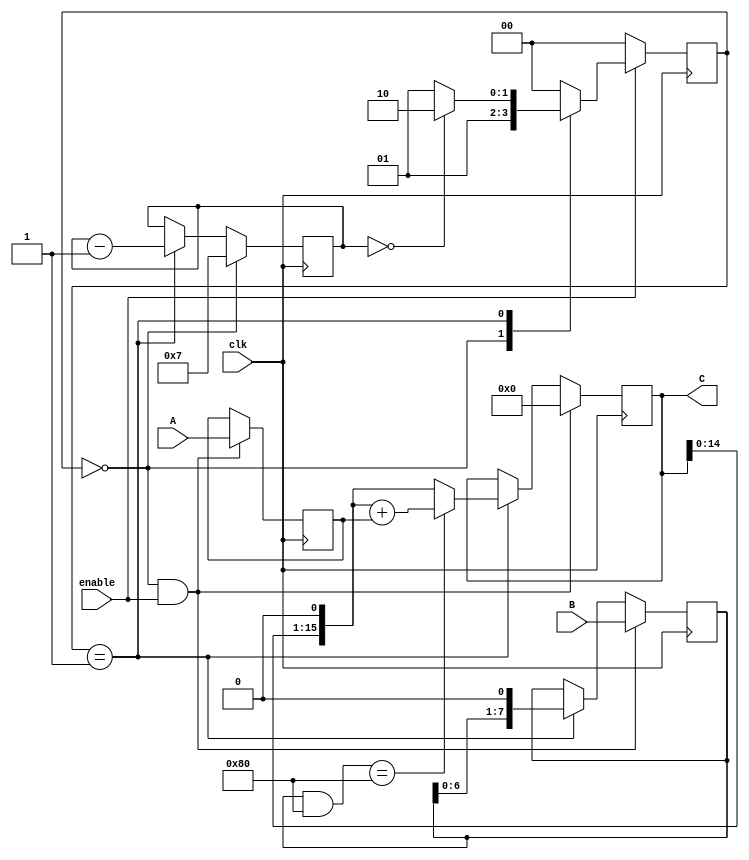
module SeqMultiplierTA (
    input  wire           clk,
    input  wire           enable,
    input  wire [7:0]     A,
    input  wire [7:0]     B,
    output wire [15:0]    C
);

    localparam [1:0] M_IDEL = 0,
                     M_MUL  = 1,
                     M_OUT  = 2;

    reg [1:0] c_state, n_state;
    reg [3:0] idx;
    reg [7:0] A_reg, B_reg;
    reg [15:0] C_reg;

    wire mul_fin;

    // FSM

    always @(posedge clk) begin
        if (~enable) c_state <= M_IDEL;
        else c_state <= n_state;
    end

    always @(*) begin
        case (c_state) 
            M_IDEL:
                if (enable) n_state = M_MUL;
                else n_state = M_IDEL;
            M_MUL:
                if (mul_fin) n_state = M_OUT;
                else n_state = M_MUL;
            M_OUT:
                n_state = M_IDEL;
            default: n_state = M_IDEL;
        endcase
    end

    always @(posedge clk) begin
        if (c_state == M_IDEL) idx <= 7;
        else if (c_state == M_MUL) idx <= idx - 1;
    end

    assign mul_fin = (idx == 0);
    
    // MUL Logic
    wire C_accumulate;
    wire [15:0] C_sl_one;

    assign C_accumulate = (B_reg & 8'h80) == 8'h80;
    assign C_sl_one = C_reg << 1;

    always @(posedge clk) begin
        if (c_state == M_IDEL && enable) A_reg <= A;
    end

    always @(posedge clk) begin
        if (c_state == M_IDEL && enable) B_reg <= B;
        else if (c_state == M_MUL) B_reg <= B_reg << 1; 
    end

    always @(posedge clk) begin
        if (c_state == M_IDEL && enable) C_reg <= 0;
        else if (c_state == M_MUL) C_reg <= C_accumulate ? C_sl_one + A_reg : C_sl_one;
    end

    // Output Logic 

    assign C = C_reg;

endmodule